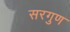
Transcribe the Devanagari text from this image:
सरगुण